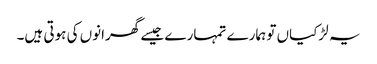
یہ لڑکیاں تو ہمارے تمہارے جیسے گھرانوں کی ہوتی ہیں۔